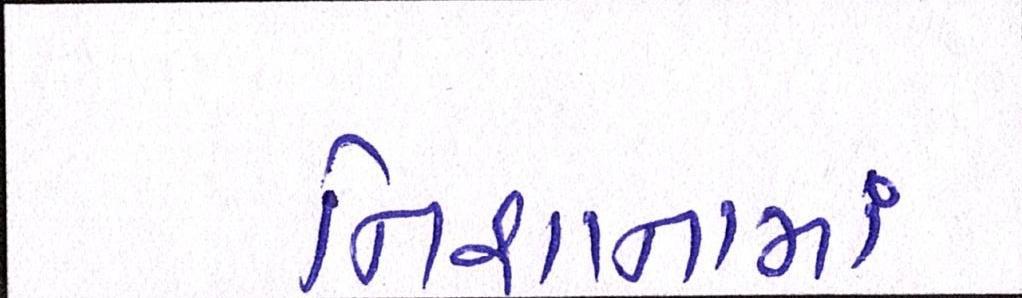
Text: નિશાનામાં